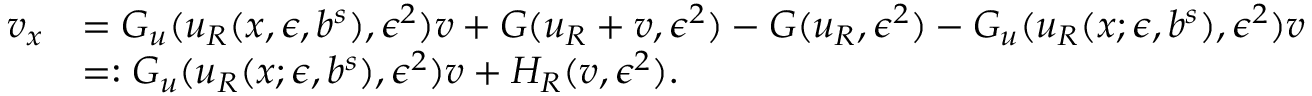
\begin{array} { r l } { v _ { x } } & { = G _ { u } ( u _ { R } ( x , \epsilon , b ^ { s } ) , \epsilon ^ { 2 } ) v + G ( u _ { R } + v , \epsilon ^ { 2 } ) - G ( u _ { R } , \epsilon ^ { 2 } ) - G _ { u } ( u _ { R } ( x ; \epsilon , b ^ { s } ) , \epsilon ^ { 2 } ) v } \\ & { = : G _ { u } ( u _ { R } ( x ; \epsilon , b ^ { s } ) , \epsilon ^ { 2 } ) v + H _ { R } ( v , \epsilon ^ { 2 } ) . } \end{array}